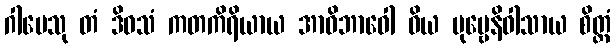
ဂါမေသု တံ ဒိဝသံ ကတကိရိယာယ အာဝိဘာဝေါ ဝိယ ပုဗ္ဗေနိဝါသာယ စိတ္တံ